Mental hospitals Bombay report 1921-28 - 1921-1928
Year: 1921
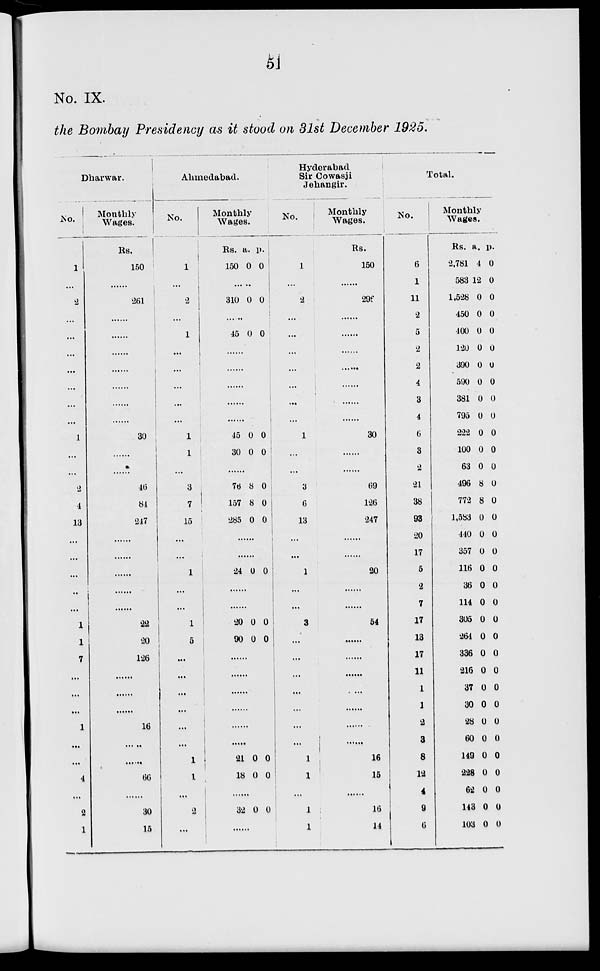
51
No. IX.
the Bombay Presidency as it stood on 31st December 1925.
Dharwar.
No.
1
...
2
...
...
...
...
...
...
...
1
...
...
2
4
13
...
...
...
...
...
1
1
7
...
...
...
1
...
...
4
...
2
1
Monthly
Wages.
Rs.
150
......
261
......
......
......
......
......
......
......
30
......
......
46
84
247
......
......
......
......
......
22
20
126
......
......
......
16
......
......
66
......
30
15
Ahmedabad.
No.
1
...
2
...
1
...
...
...
...
...
1
1
...
3
7
15
...
...
1
...
...
1
5
...
...
...
...
...
...
1
1
...
2
...
Monthly
Wages.
Rs.
150
a.
0
p.
0
......
310 0 0
......
45 0 0
......
......
......
......
......
45
30
0
0
0
0
......
76
157
285
8
8
0
0
0
0
......
......
24 0 0
......
20
90
0
0
0
0
......
......
......
......
......
......
21
18
0
0
0
0
......
32 0 0
......
Hyderabad
Sir Cowasji
Jehangir.
No.
1
...
2
...
...
...
...
...
...
...
1
...
...
3
6
13
...
...
1
...
...
3
...
...
...
...
...
...
...
1
1
...
1
1
Monthly
Wages.
Rs.
150
......
296
......
......
......
......
......
......
......
30
......
......
69
126
247
......
......
20
......
......
54
......
......
......
......
......
......
......
16
15
......
16
14
Total.
No.
6
1
11
2
5
2
2
4
3
4
6
3
2
21
38
93
20
17
5
2
7
17
13
17
11
1
1
2
3
8
12
4
9
6
Monthly
Wages.
Rs.
2,781
583
1,528
450
400
120
390
590
381
795
222
100
63
496
772
1,583
440
357
116
36
114
305
264
336
216
37
30
28
60
149
228
62
143
103
a.
4
12
0
0
0
0
0
0
0
0
0
0
0
8
8
0
0
0
0
0
0
0
0
0
0
0
0
0
0
0
0
0
0
0
p.
0
0
0
0
0
0
0
0
0
0
0
0
0
0
0
0
0
0
0
0
0
0
0
0
0
0
0
0
0
0
0
0
0
0